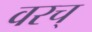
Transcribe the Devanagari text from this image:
वरच्